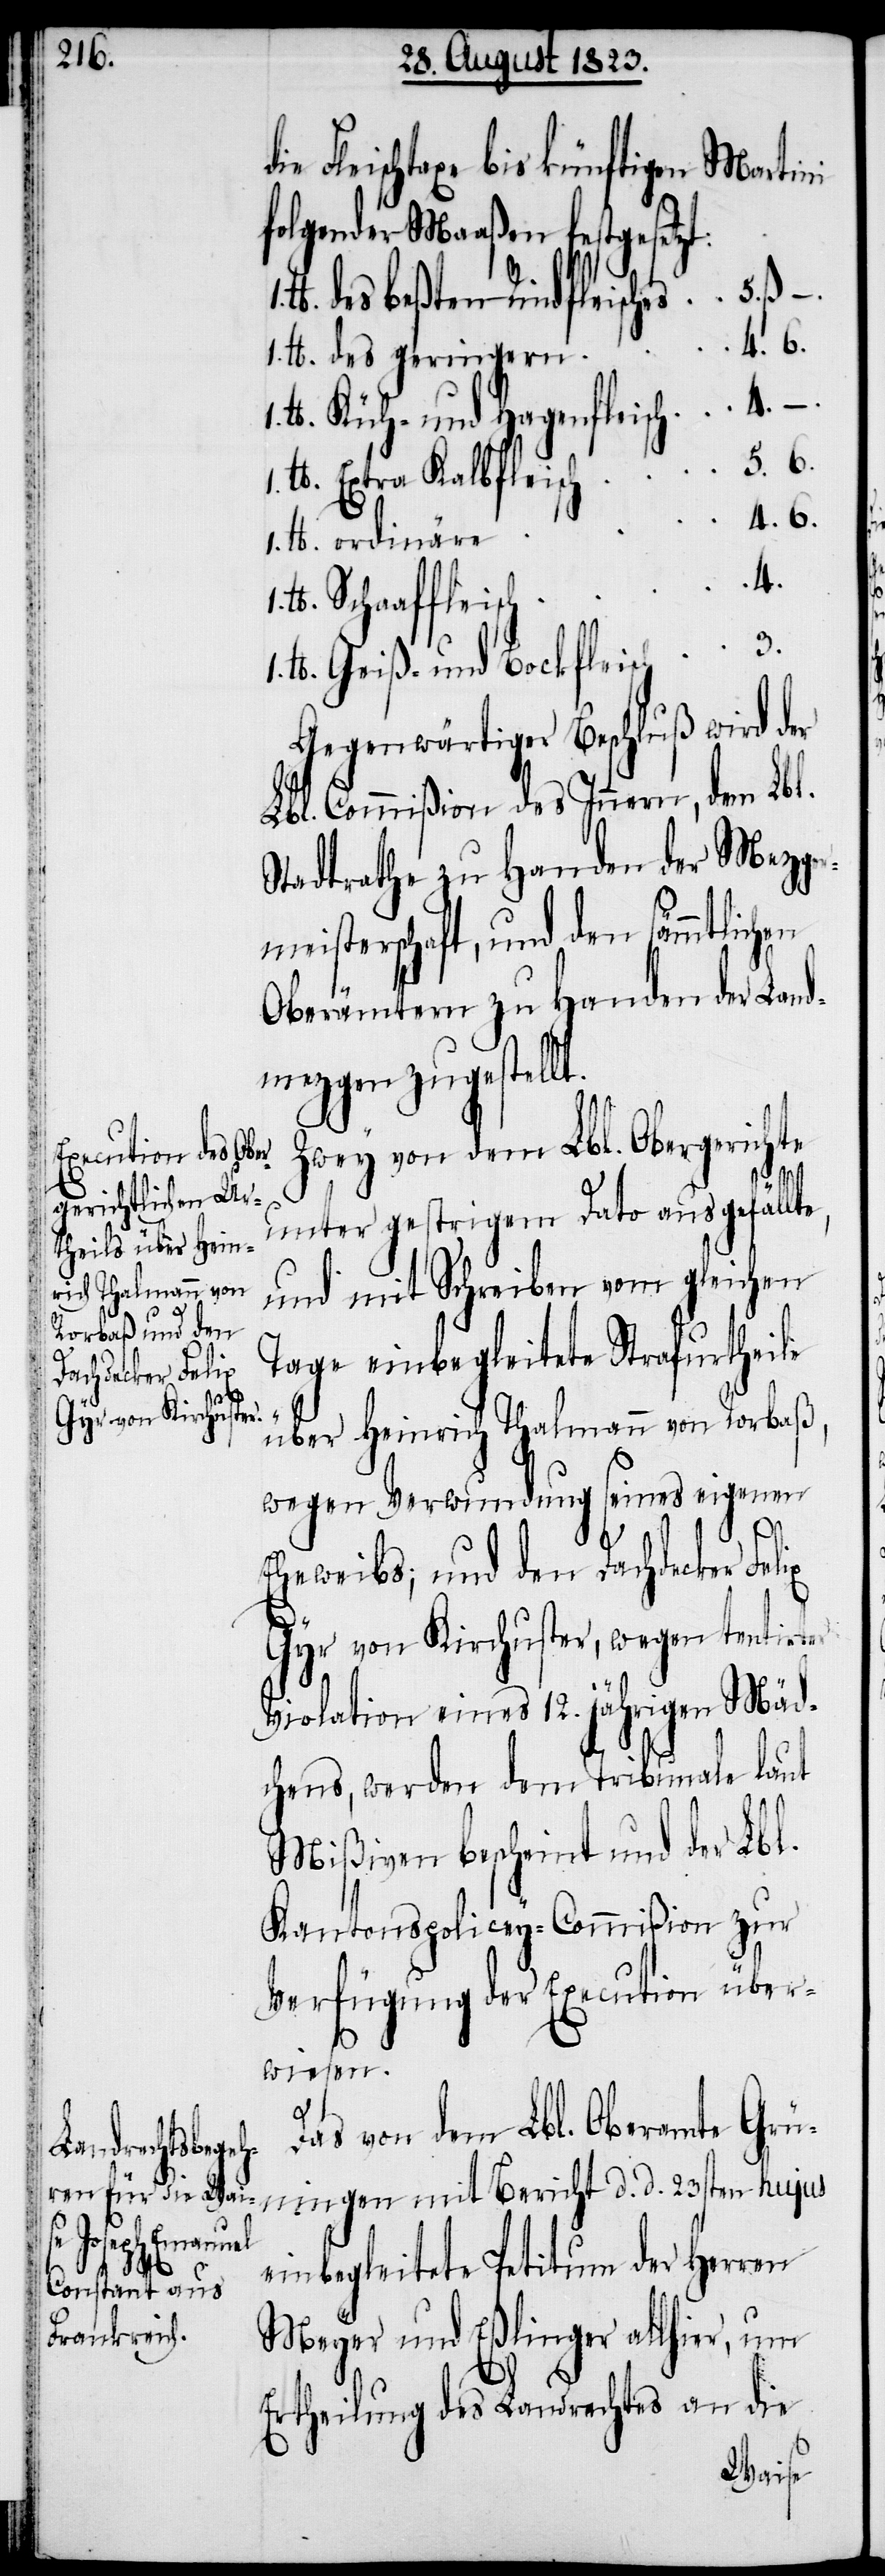
Fleischtaxe bis künftigen Martini
folgender Maaßen festgesetzt:
1. lb.
des geringern
4.
Küh- und Hagenfleisch
Extra Kalbfleisch
3.
Geiß- und Bockfleisch
Gegenwärtiger Beschluß wird der
Lbl. Commißion des Innern, dem Lbl.
Stadtrathe zu Handen der Mezge¬
rmeisterschaft, und den sämmtlichen
Oberämtern zu Handen der Land¬
mezgen zugestellt.
Zwey von dem Lbl. Obergerichte
d.
unter gestrigem Dato ausgefällte,
und mit Schreiben vom gleichen
Tage einbegleitete Strafurtheile
über Heinrich Thalmann von Rorbaß,
wegen Verwundung seines eigenen
Eheweibs; und den Dachdecker Felix
Gyr von Kirchuster, wegen tentirter
Violation eines 12. jährigen Mäd¬
chens, werden dem Tribunale laut
Mißiven bescheint und der Lbl.
Kantonspolicey-Commißion zur
Verfügung der Execution über¬
ingen
d.
Das von dem Lbl. Oberamte Grün¬
4.
einbegleitete Petitum der Herren
Meyer und Eßlinger allhier, um
Ertheilung des Landrechtes an die